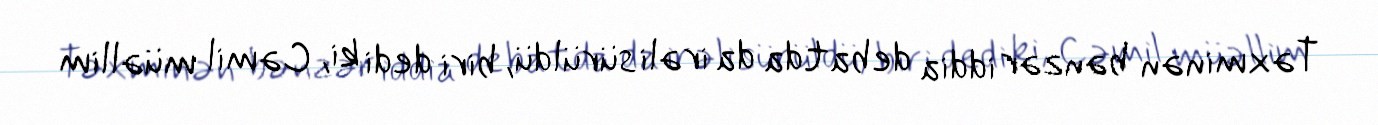
Təxminən bənzər iddia debatda da irəli sürüldü, biri dedi ki, Cəmil müəllim